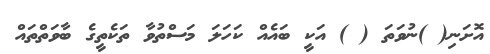
އޮށަނި( )ނުވަތަ ( ) އަކީ ބައެއް ކަހަލަ މަސްތުވާ ތަކެތީގެ ބާވަތްތައް